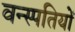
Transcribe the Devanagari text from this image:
वन्स्पतियों